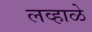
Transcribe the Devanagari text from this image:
लव्हाळे